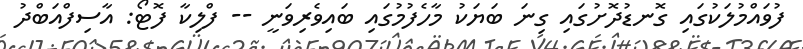
ފުވައްމުލަކުގައި ގޮނޑުދޮށުގައި ގިނަ ބަޔަކު މާހެފުމުގައި ބައިވެރިވަނީ -- ފްލިކާ ފޮޓޯ: އާސިފްއަބްދު